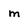
Character: m